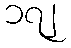
၁၇၂